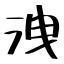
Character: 洩